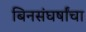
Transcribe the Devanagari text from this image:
बिनसंघर्षांचा